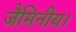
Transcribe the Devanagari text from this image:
जैमिनीय।